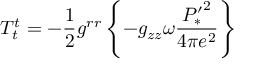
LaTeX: T _ { t } ^ { t } = - \frac { 1 } { 2 } g ^ { r r } \left\{ - g _ { z z } \omega \frac { { P _ { * } ^ { \prime } } ^ { 2 } } { 4 \pi e ^ { 2 } } \right\}